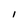
Character: I